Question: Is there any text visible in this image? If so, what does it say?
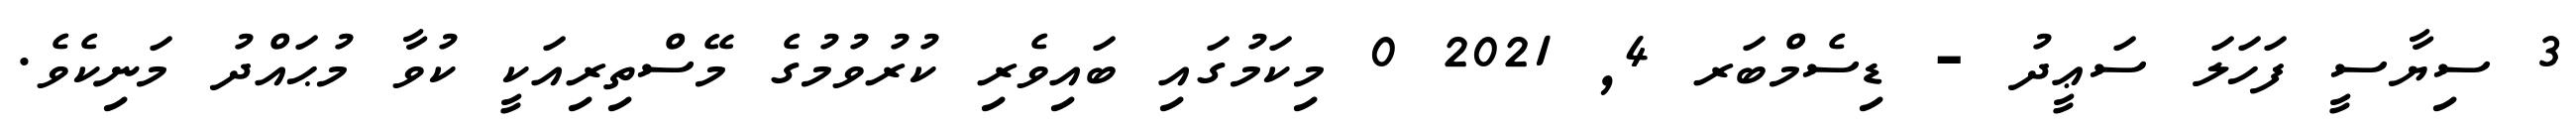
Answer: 3 ސިޔާސީ ފަހަލަ ސަޢީދު - ޑިސެމްބަރ 4, 2021 0 މިކަމުގައި ބައިވެރި ކުރުވުމުގެ މޭސްތިރިއަކީ ކުވާ މުޙައްދު މަނިކެވެ.